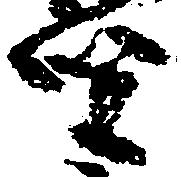
賢